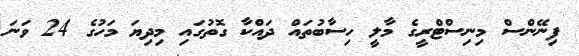
ފިނޭންސް މިނިސްޓްރީގެ މާލީ ހިސާބުތައް ދައްކާ ގޮތުގައި މިދިޔަ މަހުގެ 24 ވަނަ